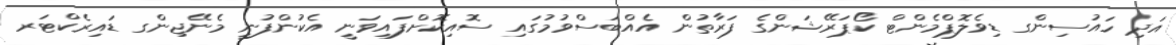
އަދި ހައުސިންގ ޑިވެލޮޕްމެންޓް ކޯޕަރޭޝަންގެ ފަރާތުން އެއްބަސްވުމުގައި ސޮއިކޮށްފައިވަނީ އެކުންފުނީ މެނޭޖިންގ ޑައިރެކްޓަރ